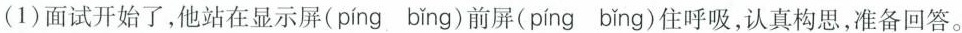
(1)面试开始了，他站在显示屏( píng bǐng )前屏( píng bǐng )住呼吸，认真构思，准备回答。